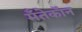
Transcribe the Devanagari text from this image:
मँतेकॉन